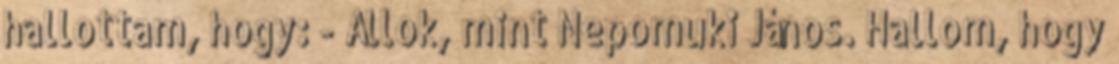
hallottam, hogy: - Állok, mint Nepomuki János. Hallom, hogy